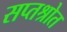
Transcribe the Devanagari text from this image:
सप्तश्रोत